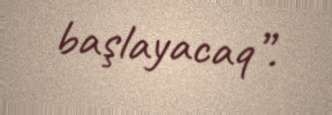
başlayacaq”.